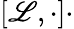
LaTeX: \left[\mathscr{L},\cdot\right]\cdot